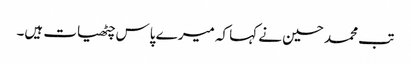
تب محمد حسین نے کہا کہ میرے پاس چٹھیات ہیں۔